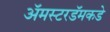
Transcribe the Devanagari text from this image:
ॲमस्टरडॅमकडे